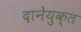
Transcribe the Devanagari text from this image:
दानेयुक्त